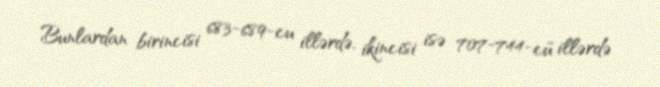
Bunlardan birincisi 683-689-cu illərdə, ikincisi isə 707-744-cü illərdə